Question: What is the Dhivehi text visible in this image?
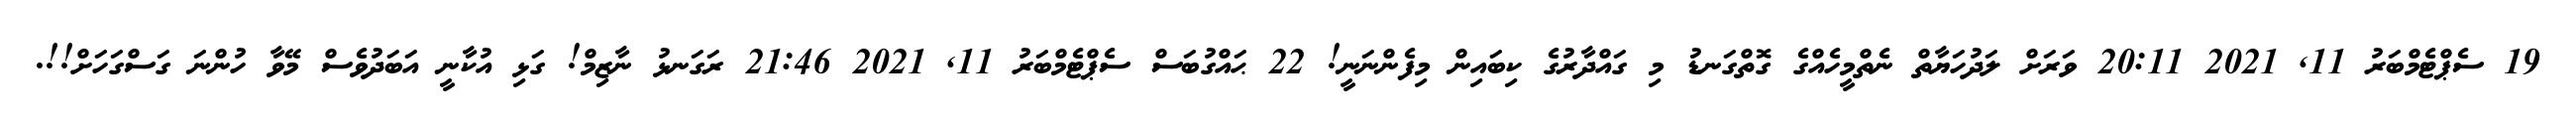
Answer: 19 ސެޕްޓެމްބަރު 11, 2021 20:11 ވަރަށް ލަދުހަޔާތް ނެތްމީހެއްގެ ގޮތްގަނޑު މި ގައްދާރުގެ ކިބައިން މިފެންނަނީ! 22 ޙައްގުބަސް ސެޕްޓެމްބަރު 11, 2021 21:46 ރަގަނޅު ނާޒިމް! ގަޅި އުކާނީ އަބަދުވެސް މޭވާ ހުންނަ ގަސްގަހަށް!!.